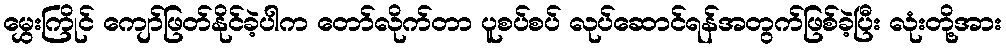
မွှေးကြိုင် ကျော်ဖြတ်နိုင်ခဲ့ပါက တော်လိုက်တာ ပူစပ်စပ် လုပ်ဆောင်ရန်အတွက်ဖြစ်ခဲ့ပြီး လုံးတို့အား